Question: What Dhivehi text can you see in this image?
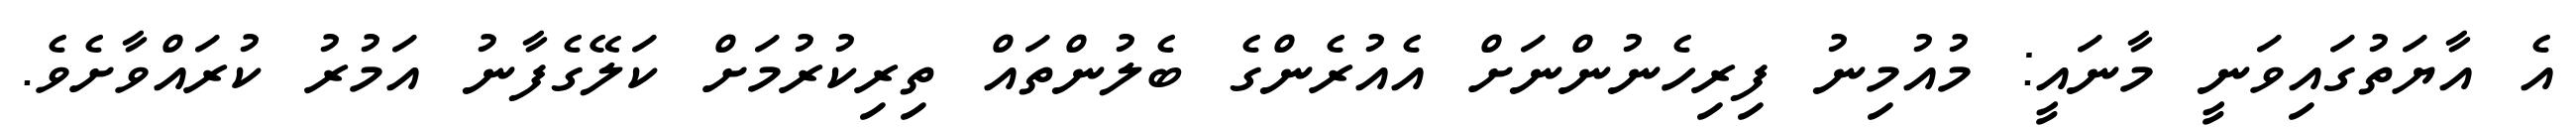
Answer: އެ އާޔަތުގައިވަނީ މާނައީ: މުއުމިނު ފިރިހެނުންނަށް އެއުރެންގެ ބެލުންތައް ތިރިކުރުމަށް ކަލޭގެފާނު އަމުރު ކުރައްވާށެވެ.